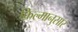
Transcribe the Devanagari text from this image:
फ़िल्मानुसार